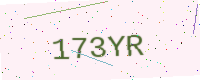
Text: 173YR